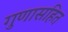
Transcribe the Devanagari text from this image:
गुणासहित